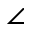
\angle